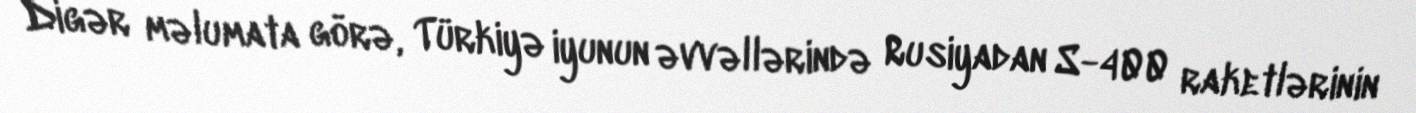
Digər məlumata görə, Türkiyə iyunun əvvəllərində Rusiyadan S-400 raketlərinin